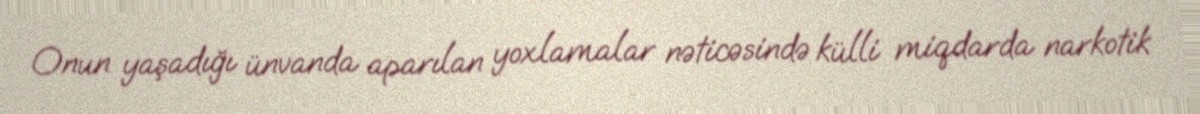
Onun yaşadığı ünvanda aparılan yoxlamalar nəticəsində külli miqdarda narkotik